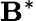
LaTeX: \mathbf{B}^{\ast}